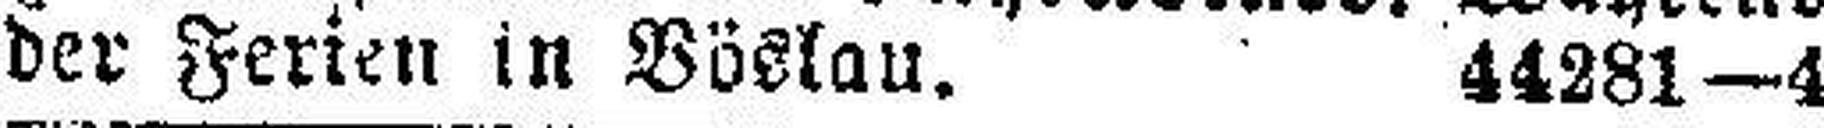
der Ferien in Böslau. 44281—4